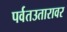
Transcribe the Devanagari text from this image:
पर्वतउतारावर